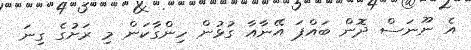
އެ ނޫނަސް ދޮން ބައްޕަ އޭނާއާ ގުޅުން ހިންގާކަން މި ރަށުގެ ގިނަ